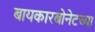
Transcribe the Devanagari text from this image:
बायकारबोनेटच्या